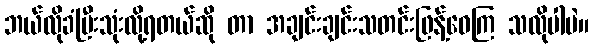
ဘယ်လိုခံပြီးသုံးလို့ရတယ်ဆို တာ အချင်းချင်းသတင်းဖြန့်ဝေကြ သလိုပါပဲ။